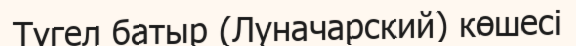
Түгел батыр (Луначарский) көшесі